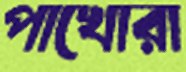
পাখোরা